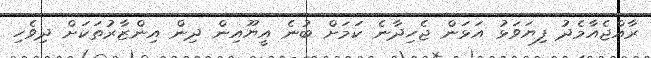
ރާއްޖެއާމެދު ފިޔަވަޅު އަޅަން ޖެހިިދާނެ ކަމަށް ބުނެ އީޔޫއިން ދިން އިންޒާރުތަކަށް ދިވެހި